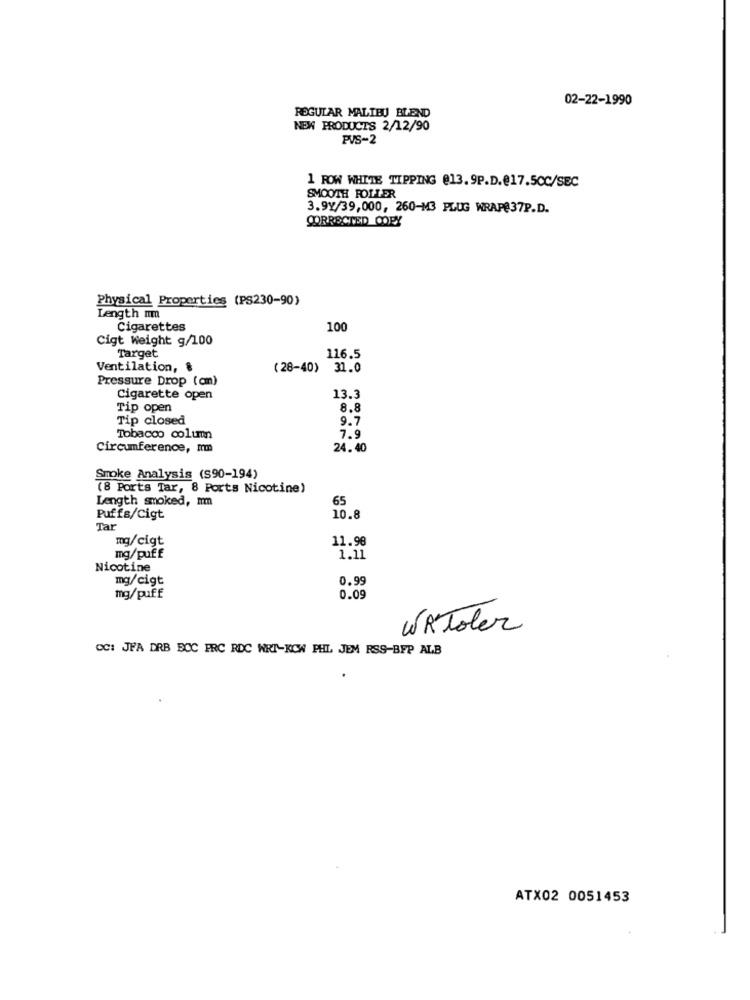
02-22-1990
REGULAR MALIBU BLEND
NEW PRODUCTS 2/12/90
PVS-2
1 ROW WHITE TIPPING @13.9P.D.@17.5CC/SEC
SMOOTH ROLLER
3.9Y/39,000, 260-M3 PLUG WRAP@37P.D.
CORRECTED COPY
Physical Properties (PS230-90)
Length mm
Cigarettes
100
Cigt Weight g/100
Target
116.5
Ventilation, 8
(28-40) 31.0
Pressure Drop (cm)
Cigarette open
13.3
Tip open
8.
Tip closed
9.7
Tobacco column
7.9
Circumference, mm
24.40
Smoke Analysis (S90-194)
(8 Ports Tar, 8 Ports Nicotine)
Length smoked, mm
65
Puffs/Cigt
10.8
Tar
11.98
mg/cigt
mg/puff
1.11
Nicotine
mg/cigt
0.99
mg/puff
0.09
WAToler
CC: JFA DRB BOC FRC RDC WRT-KCW PHL JEM RSS-BFP ALB
ATX02 0051453